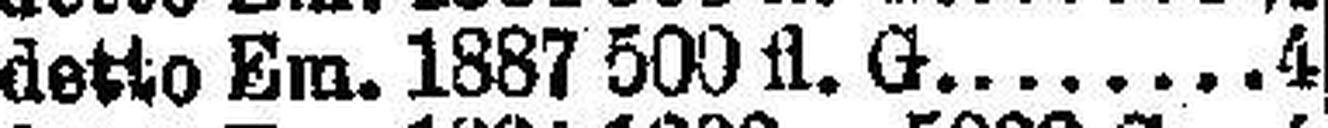
detto Em. 1887 500 fl. G. 4